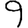
Digit: 9